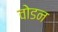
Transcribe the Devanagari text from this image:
वोडन